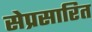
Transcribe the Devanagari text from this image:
सेप्रसारित